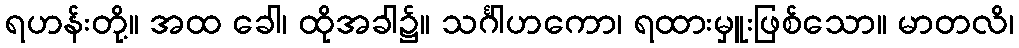
ရဟန်းတို့။ အထ ခေါ၊ ထိုအခါ၌။ သင်္ဂါဟကော၊ ရထားမှူးဖြစ်သော။ မာတလိ၊